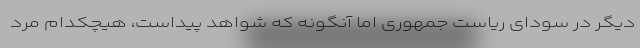
دیگر در سودای ریاست جمهوری اما آنگونه که شواهد پیداست، هیچکدام مرد